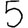
Digit: 5